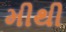
મીથી